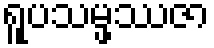
ရူပသမ္ဖဿဇာ